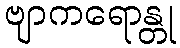
ဗျာကရောန္တု